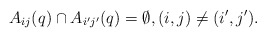
\begin{align*} A_{ij}(q) \cap A_{i'j'}(q) = \emptyset, (i,j) \ne (i',j').\end{align*}